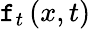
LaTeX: \mathtt{f}_{t}\left(x,t\right)